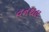
વનથલ